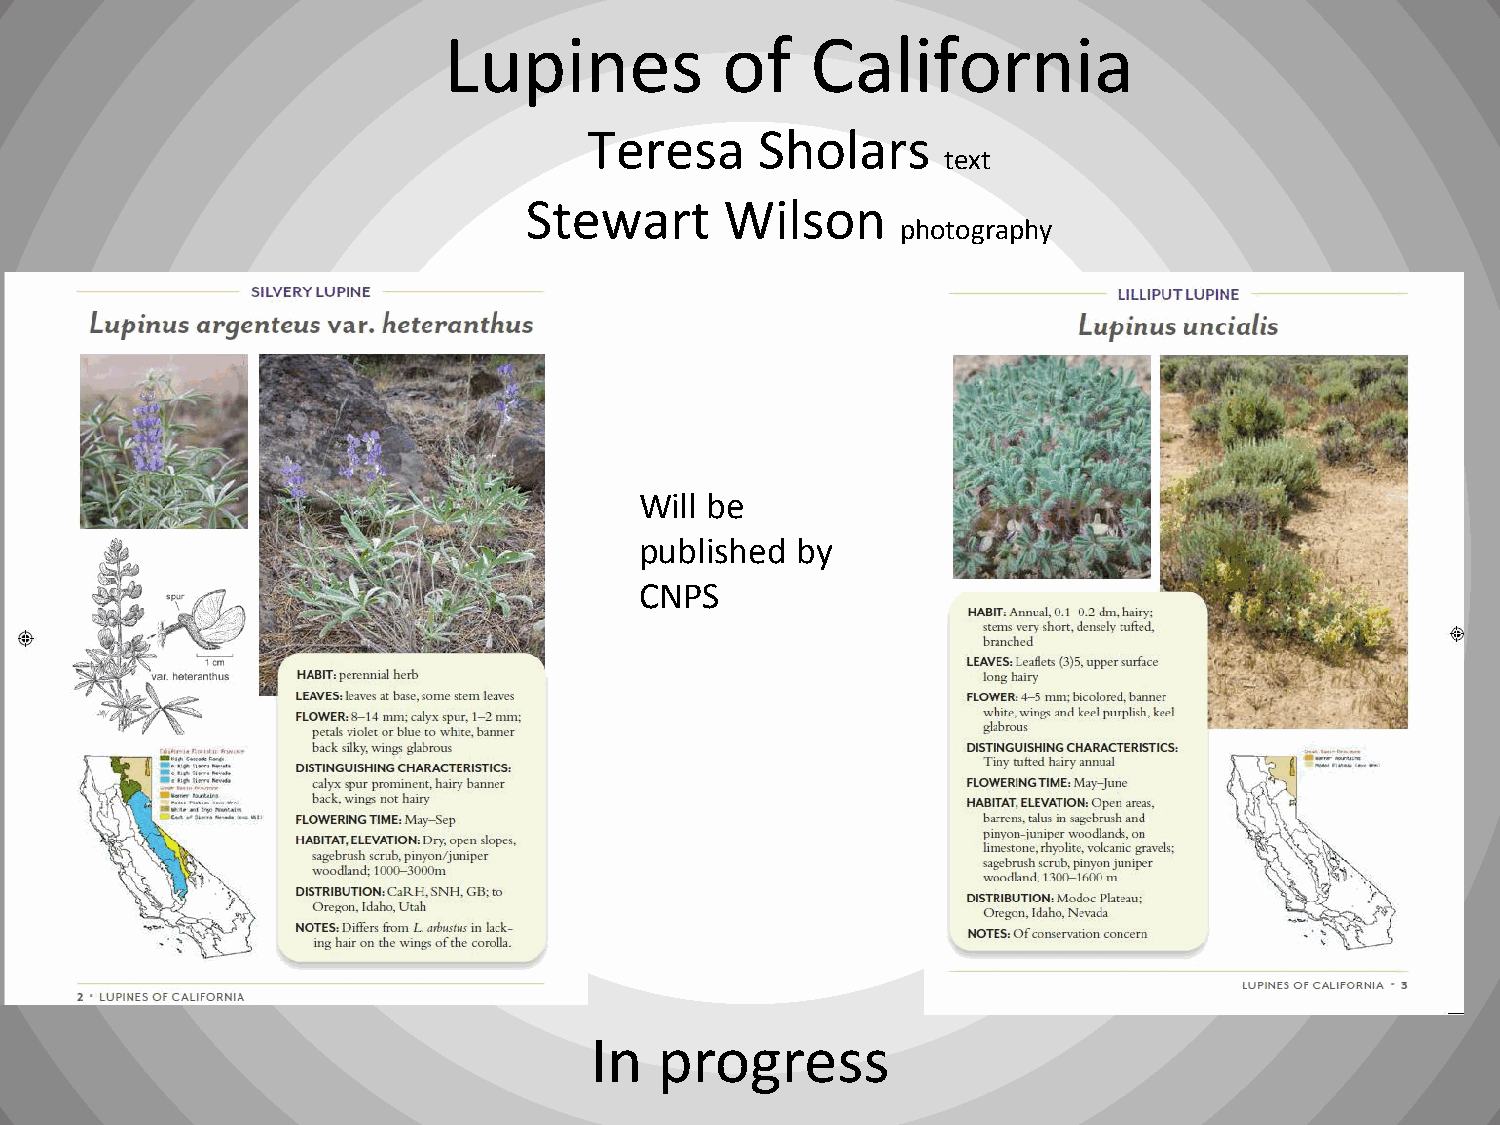
Lupines            of    California
 Teresa     Sholars
 text
 Stewart      Wilson
 photography
 Will be
 published  by
 CNPS
 In   progress